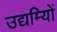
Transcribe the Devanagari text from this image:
उद्यम्यिों